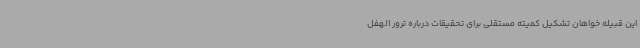
این قبیله خواهان تشکیل کمیته مستقلی برای تحقیقات درباره ترور الهفل